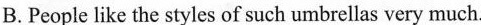
B.People like the styles of such umbrellas very much.